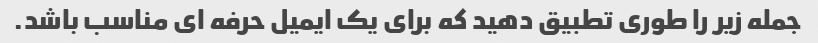
جمله زیر را طوری تطبیق دهید که برای یک ایمیل حرفه ای مناسب باشد.